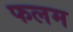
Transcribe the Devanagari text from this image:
फलम